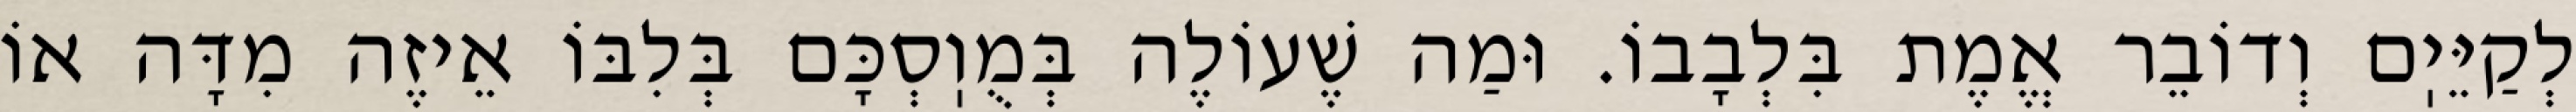
לְקַיֵּיֽם וְדוֹבֵר אֱמֶת בִּלְבָבוֹ. וּמַה שֶׁעוֹלֶה בְּמֻוֽסְכָּם בְּלִבּוֹ אֵיזֶה מִדָּה אוֹ